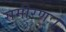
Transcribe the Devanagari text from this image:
समीरणः।